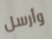
وأرسل